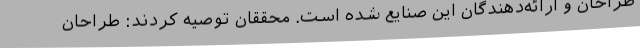
طراحان و ارائه‌دهندگان این صنایع شده است. محققان توصیه کردند: طراحان